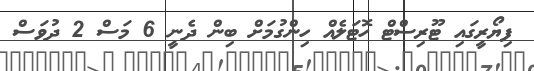
ފިޔޯރީގައި ޓޫރިސްޓް ހޮޓަލެއް ހިންގުމަށް ބިން ދެނީ 6 މަސް 2 ދުވަސް